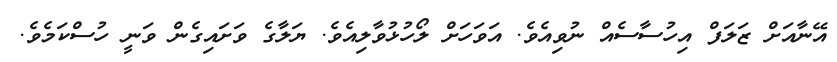
އޭނާއަށް ޒަލަފް އިހުސާސެއް ނުވިއެވެ. އަވަހަށް ލޯހުޅުވާލިއެވެ. ޔަލާގެ ވަށައިގެން ވަނީ ހުސްކަމެވެ.